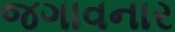
જગાવનાર